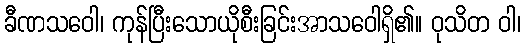
ခီဏသဝေါ၊ ကုန်ပြီးသောယိုစီးခြင်းအာသဝေါရှိ၏။ ဝုသိတ ဝါ၊